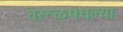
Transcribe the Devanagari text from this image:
वेरूळमधल्या